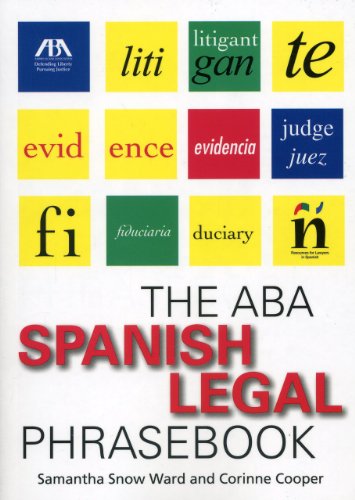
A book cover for The ABA Spanish Legal Phrasebook; Samantha Ward; Law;